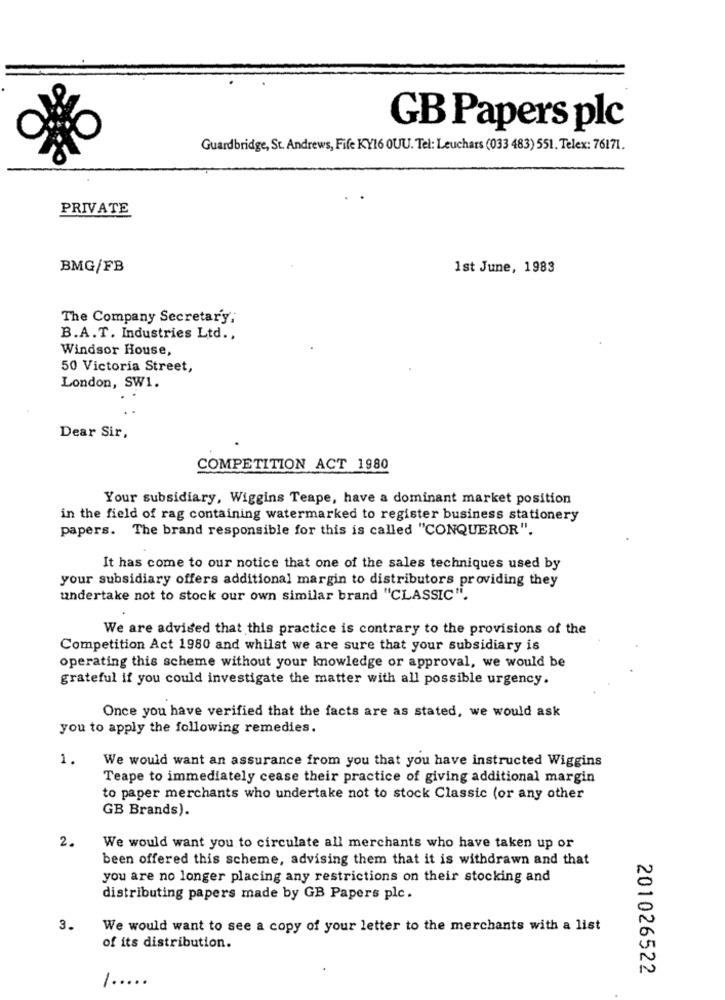
GB Papers plc
Guardbridge, St. Andrews, Fife KY16 OUU. Tel: Leuchars (033 483) 551. Telex: 76171.
PRIVATE
BMG/FB
1st June, 1983
The Company Secretary;
B.A.T. Industries Ltd .,
Windsor House,
50 Victoria Street,
London, SW1.
. .
Dear Sir,
COMPETITION ACT 1980
Your subsidiary, Wiggins Teape, have a dominant market position
in the field of rag containing watermarked to register business stationery
papers. The brand responsible for this is called "CONQUEROR".
It has come to our notice that one of the sales techniques used by
your subsidiary offers additional margin to distributors providing they
undertake not to stock our own similar brand "CLASSIC".
We are advised that this practice is contrary to the provisions of the
Competition Act 1980 and whilst we are sure that your subsidiary is
operating this scheme without your knowledge or approval, we would be
grateful if you could investigate the matter with all possible urgency.
Once you have verified that the facts are as stated, we would ask
you to apply the following remedies.
We would want an assurance from you that you have instructed Wiggins
1.
Teape to immediately cease their practice of giving additional margin
to paper merchants who undertake not to stock Classic (or any other
GB Brands).
2
We would want you to circulate all merchants who have taken up or
been offered this scheme, advising them that it is withdrawn and that
you are no longer placing any restrictions on their stocking and
distributing papers made by GB Papers plc.
3.
We would want to see a copy of your letter to the merchants with a list
of its distribution.
201026522
-